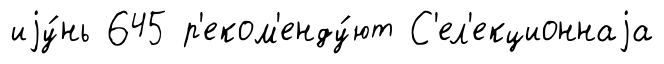
иjу́нь 645 р'еком'енду́ют С'ел'екционнаjа